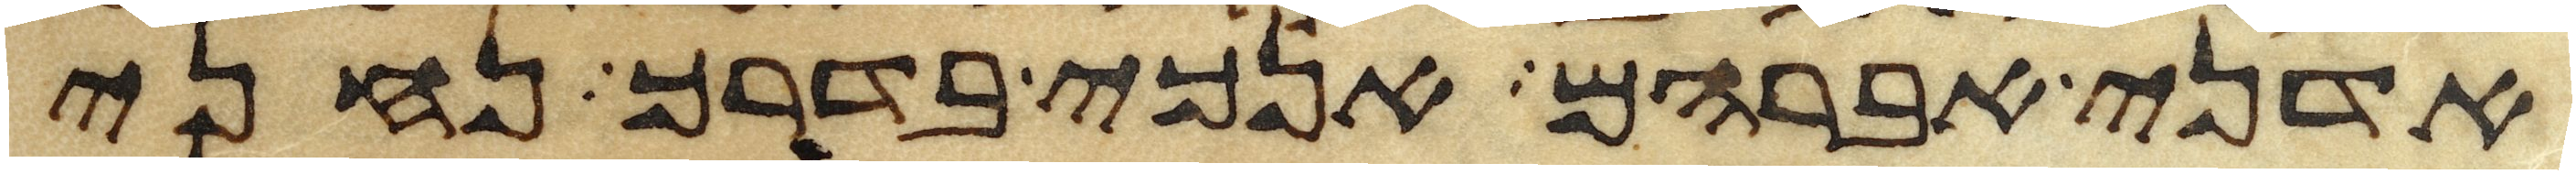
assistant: אדני אברהם אנכי בדרך נחני